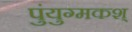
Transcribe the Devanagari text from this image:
पुंयुग्मकश्